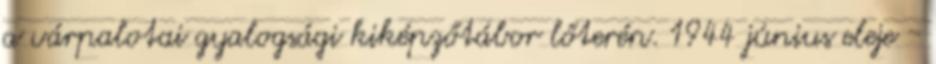
a várpalotai gyalogsági kiképzőtábor lőterén. 1944 június eleje -